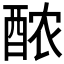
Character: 𬪩